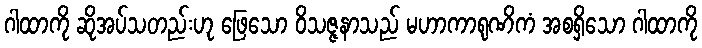
ဂါထာကို ဆိုအပ်သတည်းဟု ဖြေသော ဝိသဇ္ဇနာသည် မဟာကာရုဏိကံ အစရှိသော ဂါထာကို